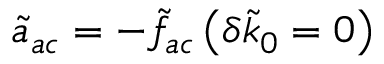
\tilde { a } _ { a c } = - \tilde { f } _ { a c } \left( \delta \tilde { k } _ { 0 } = 0 \right)